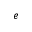
e